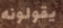
يقولونه